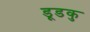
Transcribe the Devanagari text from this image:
डूडकु